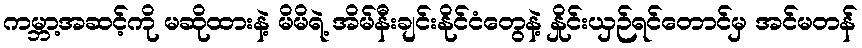
ကမ္ဘာ့အဆင့်ကို မဆိုထားနဲ့ မိမိရဲ့ အိမ်နီးချင်းနိုင်ငံတွေနဲ့ နှိုင်းယှဉ်ရင်တောင်မှ အင်မတန်